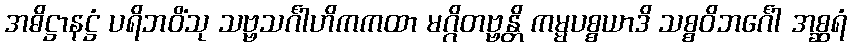
အဓိဋ္ဌာနဋ္ဌံ ပရိဘဝိံသု သဗ္ဗသင်္ဂါဟိကကထာ မဂ္ဂိတဗ္ဗန္တိ ကမ္မပစ္စယာဒိ သစ္စဝိဘင်္ဂေါ အစ္ဆရံ